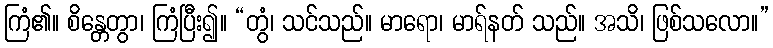
ကြံ၏။ စိန္တေတွာ၊ ကြံပြီး၍။ “တွံ၊ သင်သည်။ မာရော၊ မာရ်နတ် သည်။ အသိ၊ ဖြစ်သလော။”